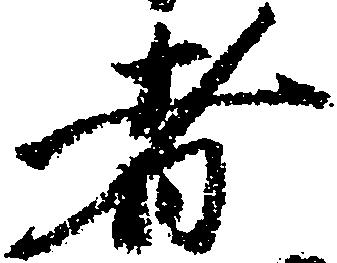
者